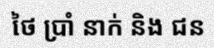
ថៃ ប្រាំ នាក់ និង ជន